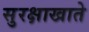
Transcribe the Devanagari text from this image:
सुरक्षाखाते